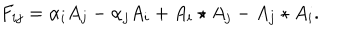
F _ { i j } = \alpha _ { i } A _ { j } - \alpha _ { j } A _ { i } + A _ { i } \star A _ { j } - A _ { j } \star A _ { i } .